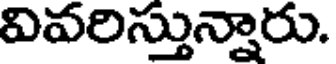
వివరిస్తున్నారు.